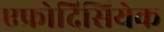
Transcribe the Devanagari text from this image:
एफ्रोदिसियेक